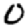
Digit: 0